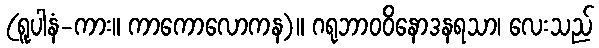
(ရူပါနံ-ကား။ ကာကောလောကန)။ ဂရုဘာဝဝိနောဒနရသာ၊ လေးသည်